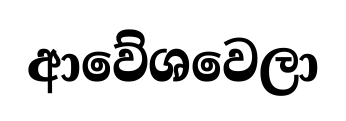
ආවේශවෙලා